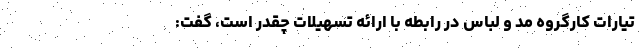
تیارات کارگروه مد و لباس در رابطه با ارائه تسهیلات چقدر است، گفت: